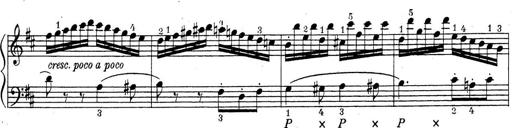
Title: ÄŒeskÃ© Sonatiny
Composer: Various